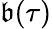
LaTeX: \mathfrak{b}(\tau)